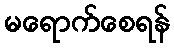
မရောက်စေရန်